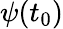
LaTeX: \psi(t_{0})